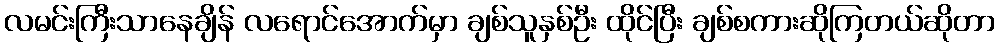
လမင်းကြီးသာနေချိန် လရောင်အောက်မှာ ချစ်သူနှစ်ဦး ထိုင်ပြီး ချစ်စကားဆိုကြတယ်ဆိုတာ